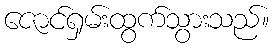
ဇောင်ရှမ်းထွက်သွားသည်။